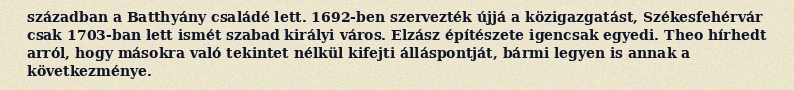
században a Batthyány családé lett. 1692-ben szervezték újjá a közigazgatást, Székesfehérvár csak 1703-ban lett ismét szabad királyi város. Elzász építészete igencsak egyedi. Theo hírhedt arról, hogy másokra való tekintet nélkül kifejti álláspontját, bármi legyen is annak a következménye.